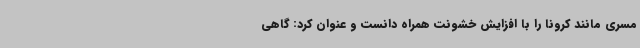
مسری مانند کرونا را با افزایش خشونت همراه دانست و عنوان کرد: گاهی